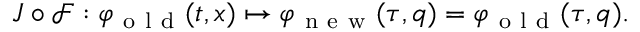
\begin{array} { r } { J \circ \mathcal { F } : \varphi _ { \mathrm { ~ o ~ l ~ d ~ } } ( t , x ) \mapsto \varphi _ { \mathrm { ~ n ~ e ~ w ~ } } ( \tau , q ) = \varphi _ { \mathrm { ~ o ~ l ~ d ~ } } ( \tau , q ) . } \end{array}